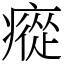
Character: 瘲